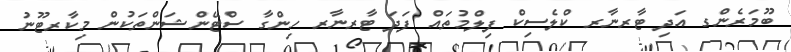
ބޫމަރެންގ އަދި ޓާރނާރ ކްލެސިކް ފިލްމުތައް ފަދަ ޓާރނާރ ހިންގާ ސްޓޭންޝަންތަކުން މިކާރޓޫނު